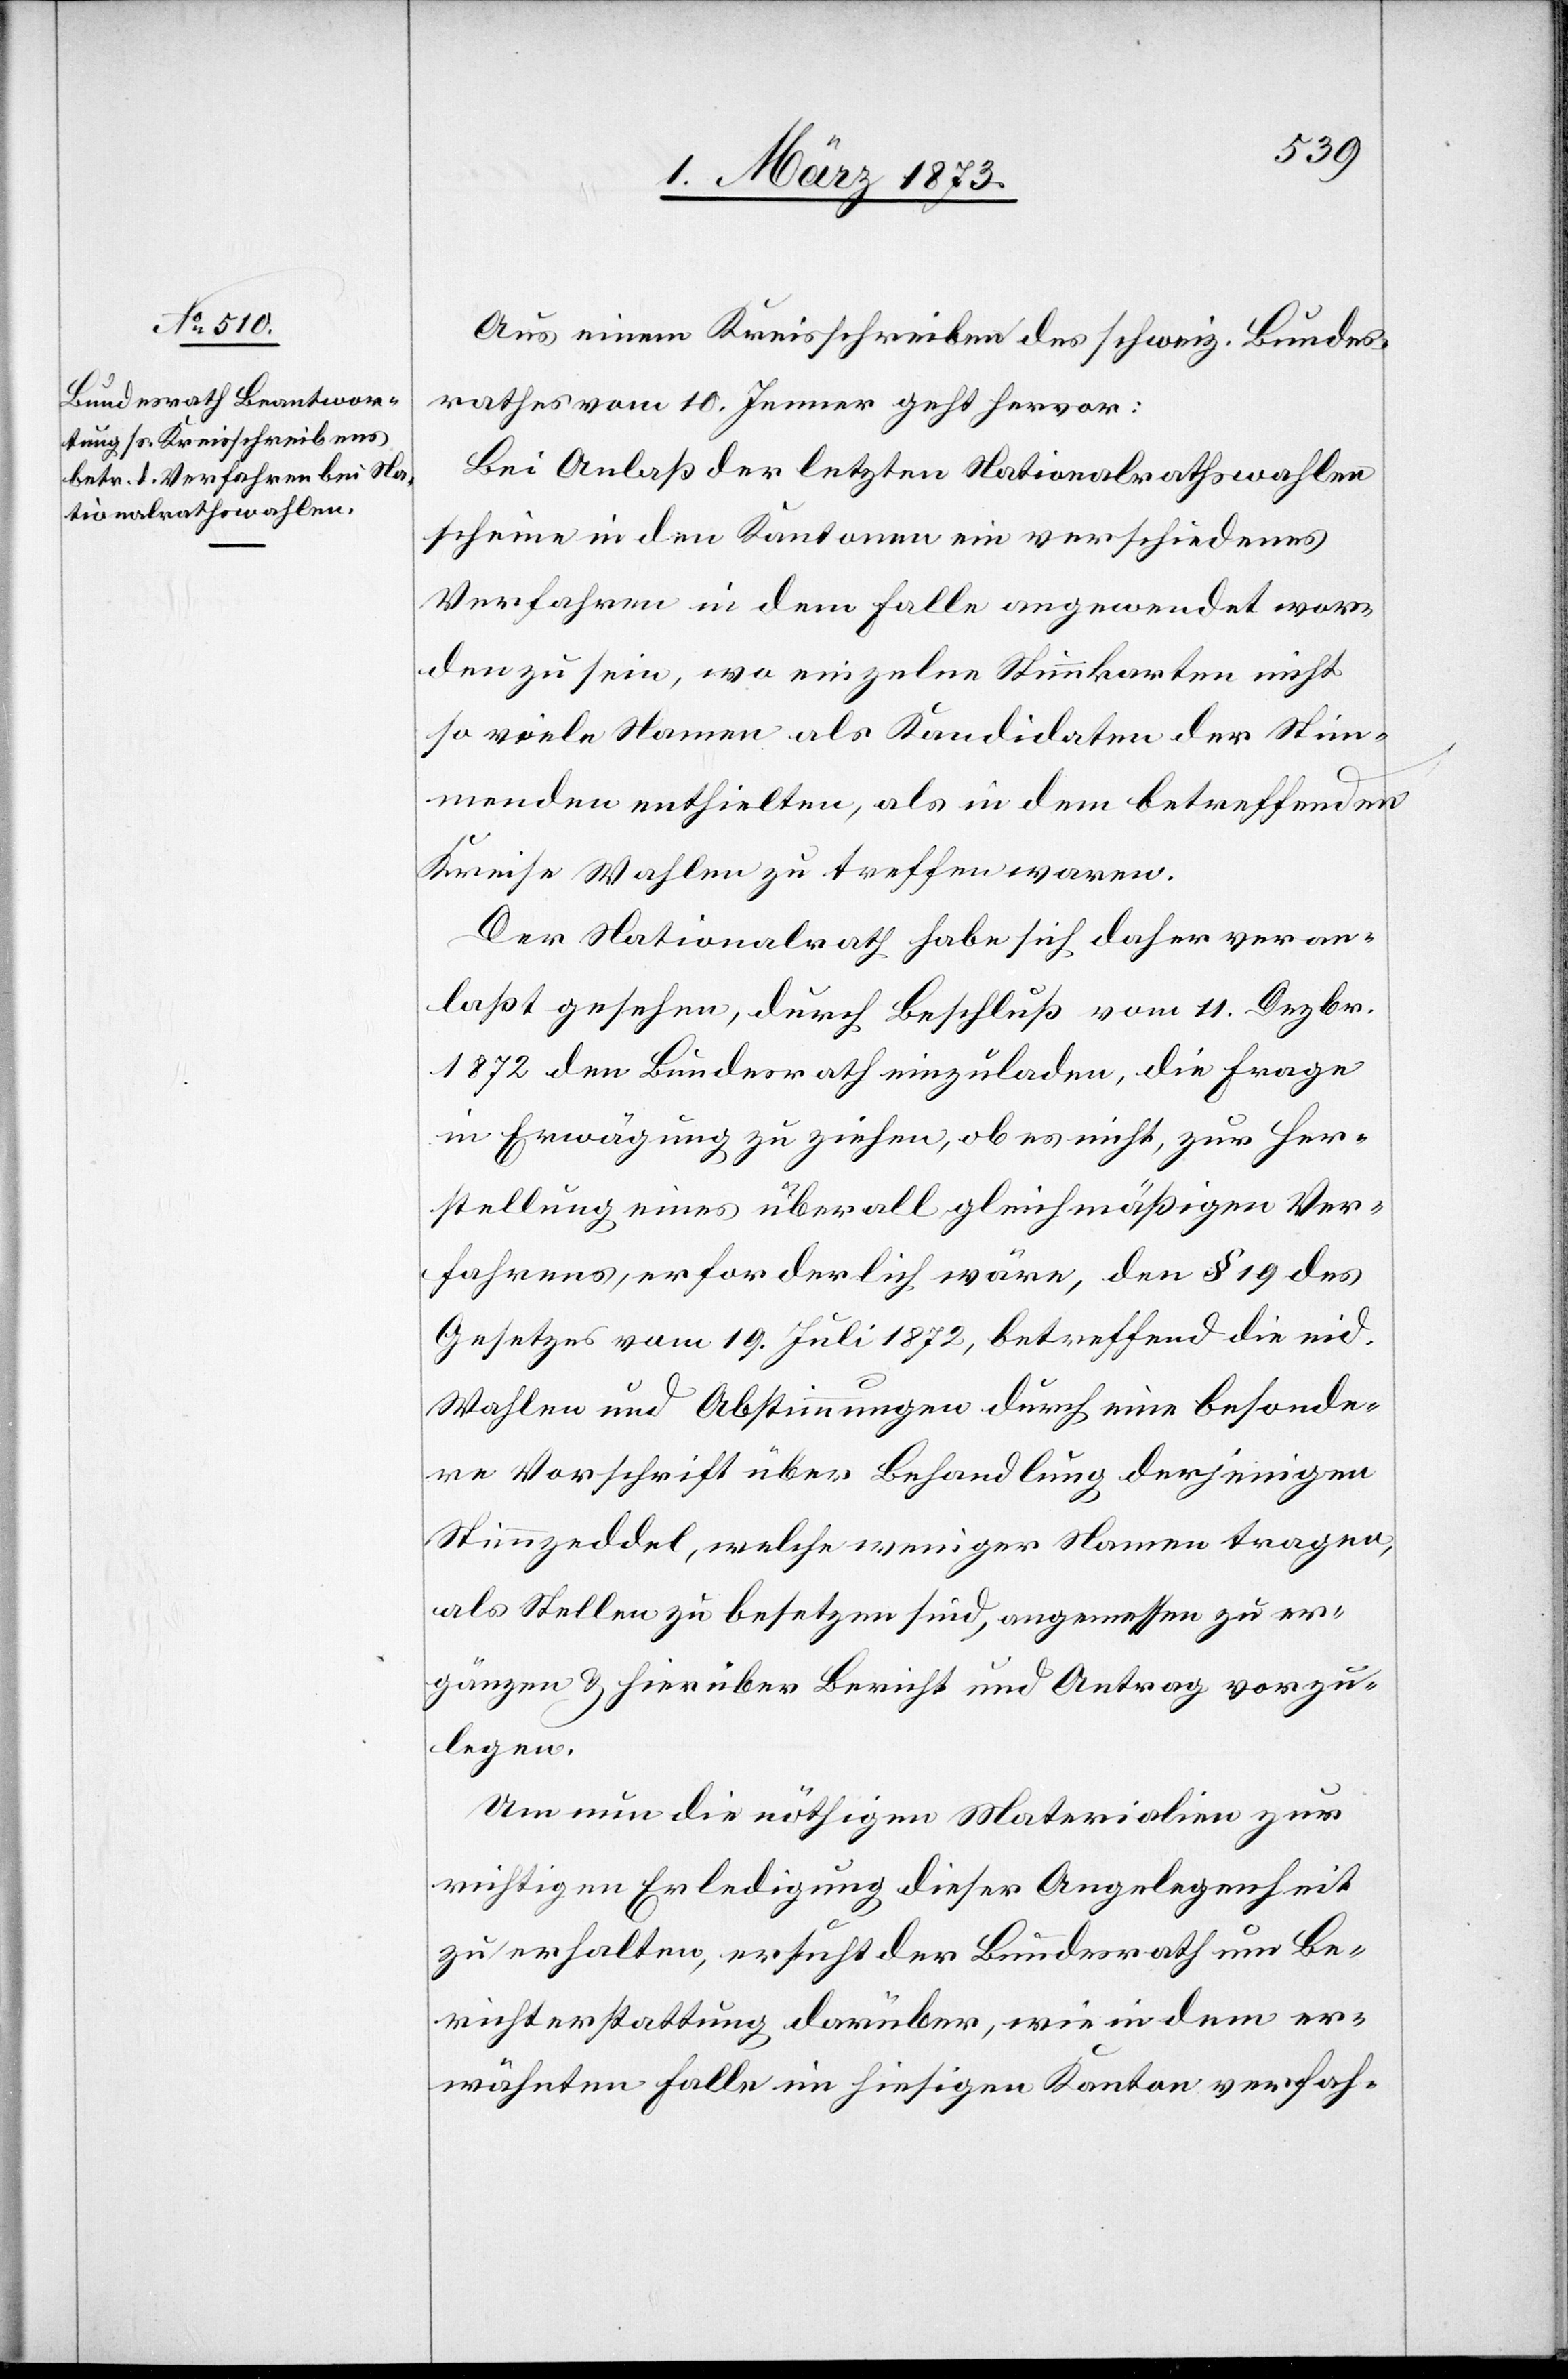
Aus einem Kreisschreiben des schweiz. Bundes¬
rathes vom 10. Jenner geht hervor:
Bei Anlaß der letzten Nationalrathswahlen
scheine in den Kantonen ein verschiedenes
Verfahren in dem Falle angewendet wor¬
den zu sein, wo einzelne Stimmkarten nicht
so viele Namen als Kandidaten der Stim¬
menden enthielten, als in dem betreffenden
Kreise Wahlen zu treffen waren.
Der Nationalrath habe sich daher veran¬
laßt gesehen, durch Beschluß vom 11. Dezbr.
1872 den Bundesrath einzuladen, die Frage
in Erwägung zu ziehen, ob es nicht, zur Her¬
stellung eines überall gleichmäßigen Ver¬
fahrens, erforderlich wäre, den § 19 des
Gesetzes vom 19. Juli 1872, betreffend die eid.
Wahlen und Abstimmungen durch eine besonde¬
re Vorschrift über Behandlung derjenigen
Stimmzeddel, welche weniger Namen tragen,
als Stellen zu besetzen sind, angemessen zu er¬
gänzen u. hierüber Bericht und Antrag vorzu¬
legen.
Um nun die nöthigen Materialien zur
richtigen Erledigung dieser Angelegenheit
zur erhalten, ersucht der Bundesrath um Be¬
richterstattung darüber, wie in dem er¬
wähnten Falle im hiesigen Kanton verfah-